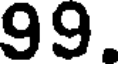
99.